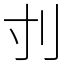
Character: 刌